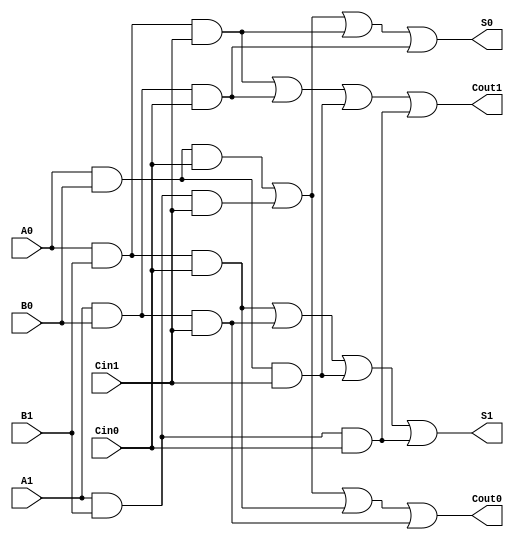
module dual_rail_full_adder (
    input wire A0, A1, // Dual-rail inputs for A
    input wire B0, B1, // Dual-rail inputs for B
    input wire Cin0, Cin1, // Dual-rail inputs for carry-in
    output wire S0, S1, // Dual-rail outputs for sum
    output wire Cout0, Cout1 // Dual-rail outputs for carry-out
);

// Internal signals for sum and carry logic
wire sum0_1, sum1_0, sum1_1, sum0_0;
wire cout0_1, cout1_0, cout1_1, cout0_0;

// Logic for sum output
assign S0 = (A0 & B0 & Cin0) | (A1 & B1 & Cin1) | (A0 & B1 & Cin1) | (A1 & B0 & Cin0);
assign S1 = (A0 & B1 & Cin0) | (A1 & B0 & Cin1) | (A0 & B0 & Cin1) | (A1 & B1 & Cin0);

// Logic for carry output
assign Cout0 = (A0 & B0 & Cin0) | (A1 & B1 & Cin1) | (A0 & B1 & Cin0) | (A1 & B0 & Cin1);
assign Cout1 = (A0 & B1 & Cin1) | (A1 & B0 & Cin0) | (A0 & B0 & Cin1) | (A1 & B1 & Cin0);

endmodule